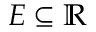
E \subseteq \mathbb { R }